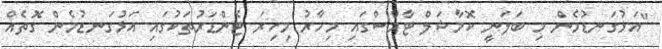
"އަޅުގަނޑުމެން މި ބަލަނީ ކޮމާޝަލް ޓާމްސްގައި މިހާރު މިހިރަ ޓެންޑަރުތަކުގައި އަޅުގަނޑުމެން ގޮތެއް